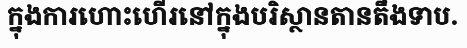
ក្នុងការហោះហើរនៅក្នុងបរិស្ថានតានតឹងទាប.